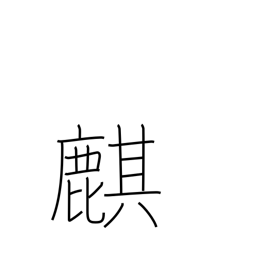
Meaning: Chinese unicorn